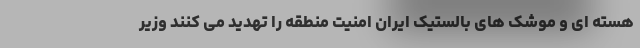
هسته ای و موشک های بالستیک ایران امنیت منطقه را تهدید می کنند وزیر